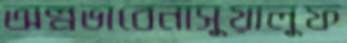
অল্পভাবেনাসুয়ালুফ